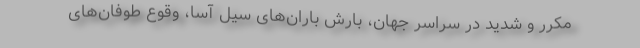
مکرر و شدید در سراسر جهان، بارش باران‌های سیل آسا، وقوع طوفان‌های